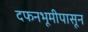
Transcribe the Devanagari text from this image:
दफनभूमीपासून